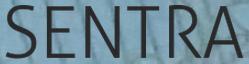
SENTRA